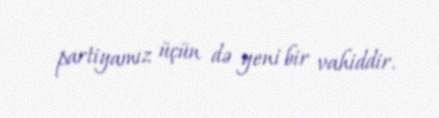
partiyamız üçün də yeni bir vahiddir.